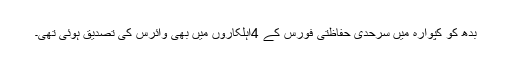
بدھ کو کپوارہ میں سرحدی حفاظتی فورس کے 4اہلکاروں میں بھی وائرس کی تصدیق ہوئی تھی۔